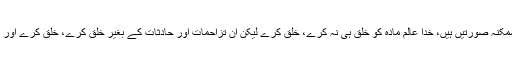
دوسرے الفاظ میں ہمارے پاس تین ممکنہ صورتیں ہیں، خدا عالم مادہ کو خلق ہی نہ کرے، خلق کرے لیکن ان تزاحمات اور حادثات کے بغیر خلق کرے، خلق کرے اور اسی موجودہ صورت میں خلق کرے۔